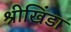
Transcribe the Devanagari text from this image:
श्रीखिंडा